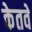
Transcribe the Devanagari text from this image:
केतवे